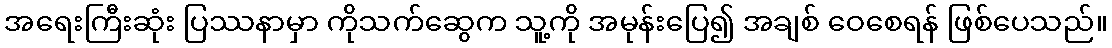
အရေးကြီးဆုံး ပြဿနာမှာ ကိုသက်ဆွေက သူ့ကို အမုန်းပြေ၍ အချစ် ဝေစေရန် ဖြစ်ပေသည်။